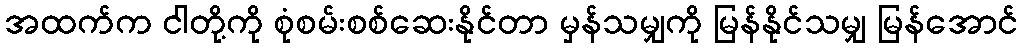
အထက်က ငါတို့ကို စုံစမ်းစစ်ဆေးနိုင်တာ မှန်သမျှကို မြန်နိုင်သမျှ မြန်အောင်